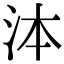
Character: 泍